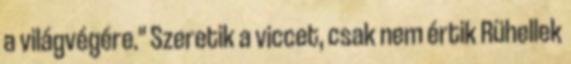
a világvégére." Szeretik a viccet, csak nem értik Rühellek